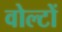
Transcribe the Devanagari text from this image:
वोल्टों